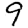
Digit: 9